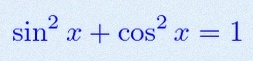
\sin^2x+\cos^2x=1